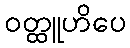
ဝတ္ထူဟိပေ